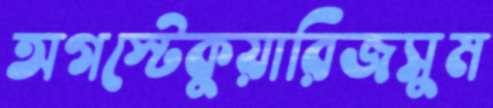
অগস্টেকুয়ারিজসুম